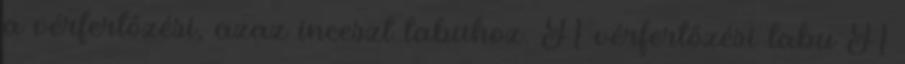
a vérfertőzési, azaz inceszt tabuhoz. A vérfertőzési tabu A